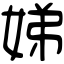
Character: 娣